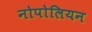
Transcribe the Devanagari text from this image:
नोपोलियन